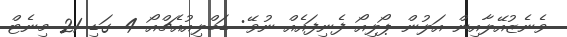
ވެނެޒުއޭލާއިން އަލުން ޕޯލިއޯ ފެނިފައެއް ނުވޭ: ޑަބްލިއުއެޗްއޯ 4 ގަޑި 21 މިނެޓް